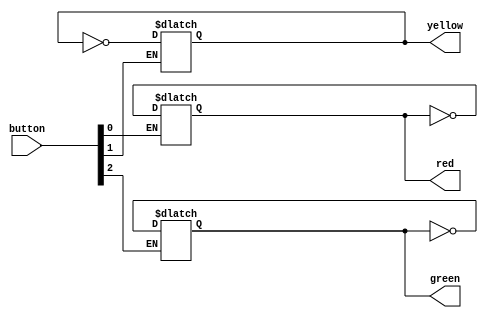
`timescale 1ns / 1ps
//////////////////////////////////////////////////////////////////////////////////
// Company: 
// Engineer: 
// 
// Design Name: 
// Module Name: lights
// Project Name: 
// Target Devices: 
// Tool Versions: 
// Description: 
// 
// Dependencies: 
// 
// Revision:
// Revision 0.01 - File Created
// Additional Comments:
// 
//////////////////////////////////////////////////////////////////////////////////


module lights(
    input [2:0] button,
    output reg red,
    output reg yellow,
    output reg green
    );
    
    always @(button[0] or button[1] or button[2])begin
        if(button[0] == 1)
            red = ~red;
            
        if(button[1] == 1)
            yellow = ~yellow;
            
        if(button[2] == 1)
            green = ~green;
    end    
endmodule